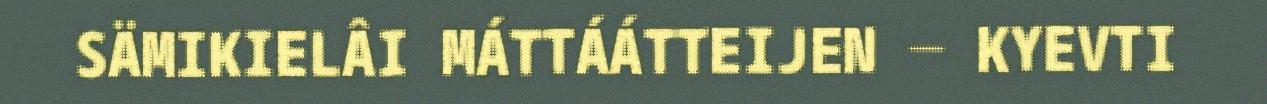
SÄMIKIELÂI MÁTTÁÁTTEIJEN ─ KYEVTI